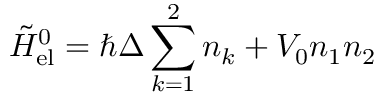
\tilde { H } _ { { \mathrm { e l } } } ^ { 0 } = \hbar \Delta \sum _ { k = 1 } ^ { 2 } n _ { k } + V _ { 0 } n _ { 1 } n _ { 2 }